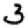
Digit: 3